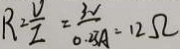
R = \frac { V } { I } = \frac { 3 V } { 0 . 2 3 A } = 1 2 \Omega